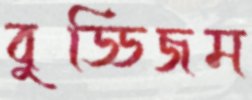
বুড্ডিজম